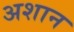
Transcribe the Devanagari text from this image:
अशान